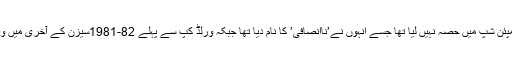
انہوں نے 1980کی یورپین چیمپئن شپ میں حصہ نہیں لیا تھا جسے انہوں نے’ناانصافی’ کا نام دیا تھا جبکہ ورلڈ کپ سے پہلے 82-1981سیزن کے آخری میں وہ ایکشن میں دِکھائی دیئے تھے۔